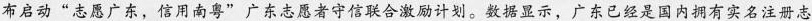
布启动”志愿广东，信用南粤”广东志愿者守信联合激励计划。数据显示，广东已经是国内拥有实名注册志